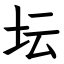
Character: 坛